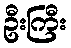
ဦးကြီး